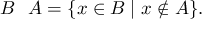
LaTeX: B \setminus A = \{ x \in B \mid x \notin A \} .